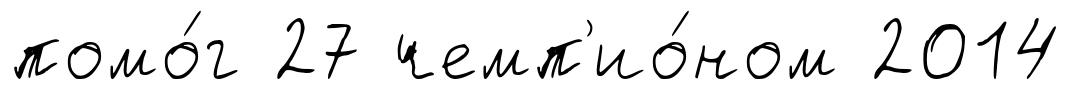
помо́г 27 чемп'ио́ном 2014